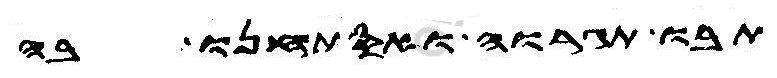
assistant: תבו תגרוה ואסתחנו בה